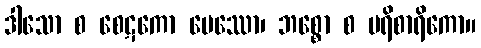
ဒါသော စ စေဋကော ပေဿော၊ ဘစ္စော စ ပရိစာရိကော။